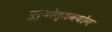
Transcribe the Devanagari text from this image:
पुरुषोत्तमयोग